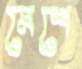
মেশে